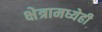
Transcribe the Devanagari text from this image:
क्षेत्रामध्येही